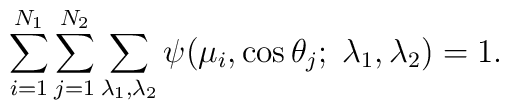
\sum_{i=1}^{N_1}\sum_{j=1}^{N_2}\sum_{\lambda_1,\lambda_2}\psi(\mu_i,\cos\theta_j;\; \lambda_1,\lambda_2)=1.